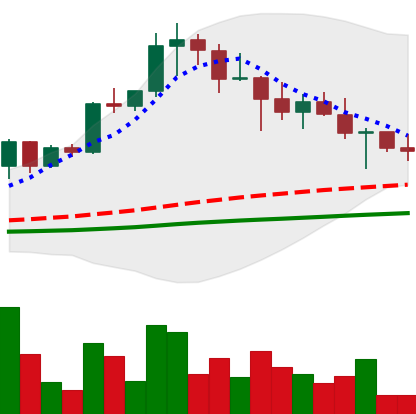
Ticker: XRP-USD
Chart end date: 2021-04-25
Forward return: 54.194%
Label: up_7plus